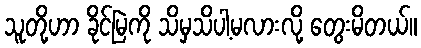
သူတို့ဟာ ခိုင်မြဲကို သိမှသိပါ့မလားလို့ တွေးမိတယ်။